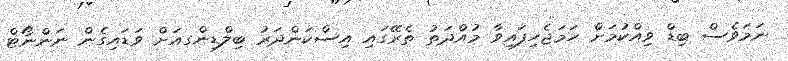
ނަމަވެސް ބިޑް ވިއްކުމަށް ހަމަޖެހިފައިވާ މުއްދަތު ތެރޭގައި އިސްކަންދަރު ބިލްޑިންގއަށް ވަޑައިގެން ނަންނޯޓް